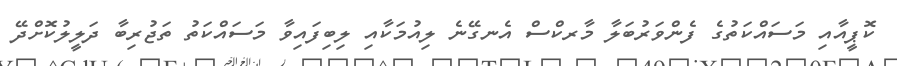
ކޮޕީއާއި މަސައްކަތުގެ ފެންވަރުބަލާ މާރކްސް އެނގޭނެ ލިއުމަކާއި ލިބިފައިވާ މަސައްކަތު ތަޖުރިބާ ދަލީލުކޮށްދޭ